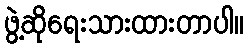
ဖွဲ့ဆိုရေးသားထားတာပါ။